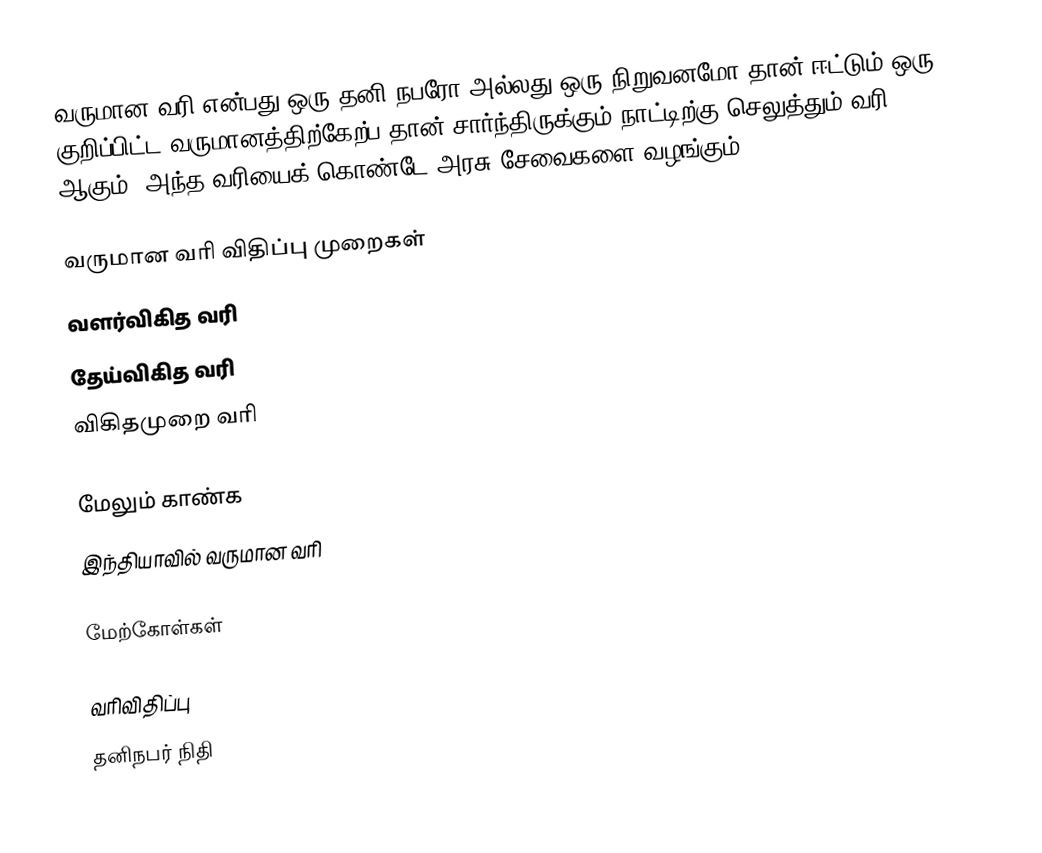
வருமான வரி என்பது ஒரு தனி நபரோ அல்லது ஒரு நிறுவனமோ தான் ஈட்டும் ஒரு குறிப்பிட்ட வருமானத்திற்கேற்ப தான் சார்ந்திருக்கும் நாட்டிற்கு செலுத்தும் வரி ஆகும்.  அந்த வரியைக் கொண்டே அரசு சேவைகளை வழங்கும்.

வருமான வரி விதிப்பு முறைகள்
வளர்விகித வரி
தேய்விகித வரி
விகிதமுறை வரி

மேலும் காண்க
இந்தியாவில் வருமான வரி

மேற்கோள்கள்

வரிவிதிப்பு
தனிநபர் நிதி